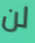
لن